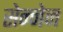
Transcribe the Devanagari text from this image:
सेन्नेन